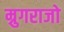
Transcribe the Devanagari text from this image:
म्रुगराजो